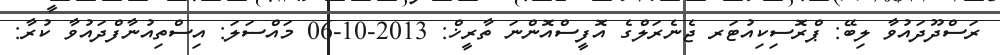
ރަސްދޫދައުވާ ލިބޭ: ޕްރޮސިކިއުޓަރ ޖެނެރަލްގެ އޮފީސްއޮންނަ ތާރީޚް: 2013-10-06 މައްސަލަ: އިސްތިއުނާފްދައުވާ ކުރާ: